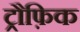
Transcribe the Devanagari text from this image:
ट्रौफ़िक